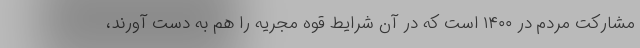
مشارکت مردم در ۱۴۰۰ است که در آن شرایط قوه مجریه را هم به دست آورند،